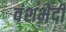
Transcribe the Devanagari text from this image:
वंशभेदी